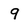
Character: 9